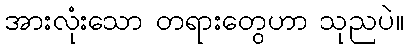
အားလုံးသော တရားတွေဟာ သုညပဲ။